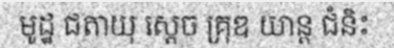
មូដ្ឋ ជតាយុ ស្តេច គ្រុឌ យាន្ត ជំនិះ